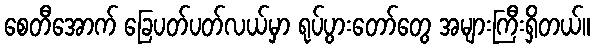
စေတီအောက် ခြေပတ်ပတ်လယ်မှာ ရုပ်ပွားတော်တွေ အများကြီးရှိတယ်။